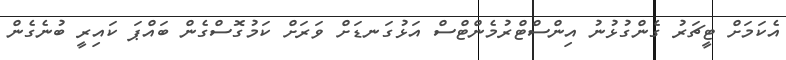
އެކަމަށް ޓީޗަރު ގެންގުޅުނު އިންސްޓްރުމެންޓްސް އަޅުގަނޑަށް ވަރަށް ކަމުގޮސްގެން ބައްޕަ ކައިރީ ބުނެގެން